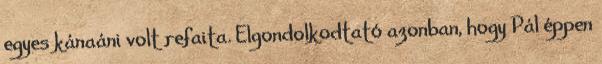
egyes kánaáni volt refaita. Elgondolkodtató azonban, hogy Pál éppen